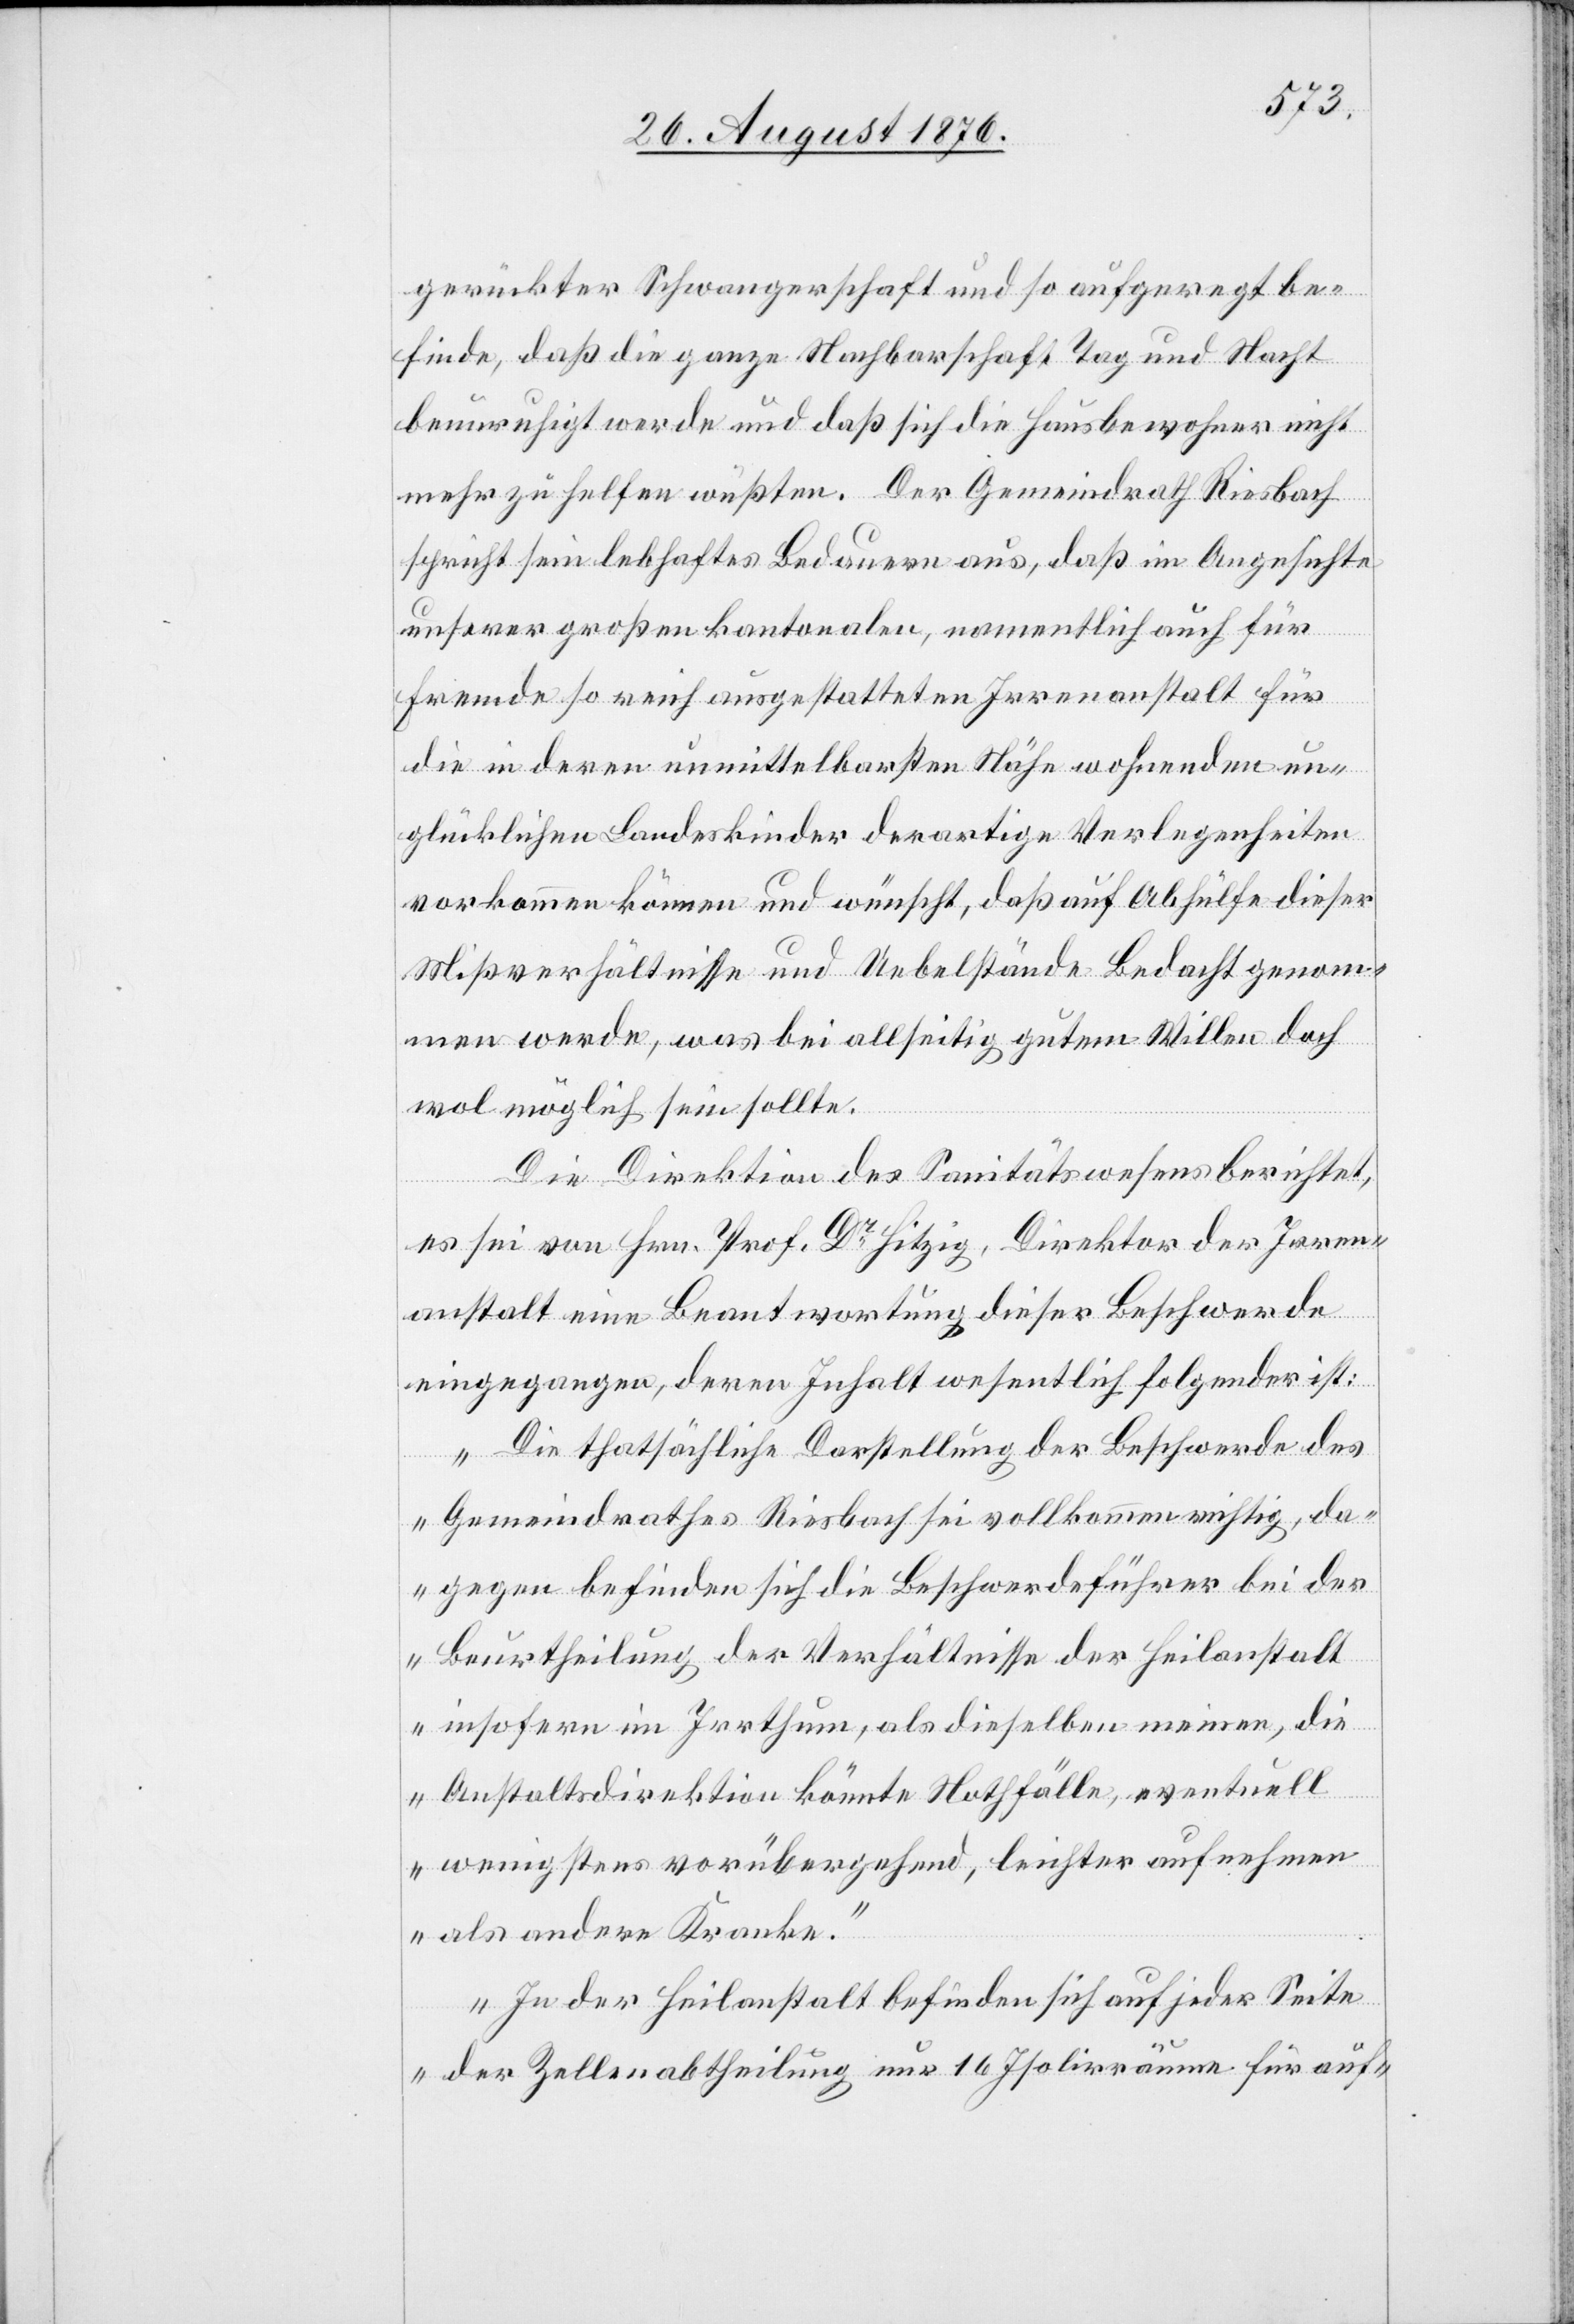
gerückter Schwangerschaft und so aufgeregt be¬
finde, daß die ganze Nachbarschaft Tag und Nacht
beunruhigt werde und daß sich die Haubewohner nicht
mehr zu helfen wüßten. Der Gemeindrath Riesbach
spricht sein lebhaftes Bedauern aus, daß im Angesichte
unserer großen kantonalen, namentlich auch für
Fremde so reich ausgestatteten Irrenanstalt für
die in deren unmittelbarsten Nähe wohnenden un¬
glücklichen Landeskinder derartige Verlegenheiten
vorkommen können und wünscht, daß auf Abhülfe dieser
Mißverhältnisse und Uebelstände Bedacht genom¬
men werde, was bei allseitig gutem Willen doch
wol möglich sein sollte.
Die Direktion des Sanitätswesens berichtet,
es sei von Hrn. Prof. Dr Hitzig, Direktion der Irren¬
anstalt eine Beantwortung dieser Beschwerde
eingegangen, deren Inhalt wesentlich folgender ist:
„Die thatsächliche Darstellung der Beschwerde des
Gemeindrathes Riesbach sei vollkommen richtig, da¬
gegen befinden sich die Beschwerdeführer bei der
Beurtheilung der Verhältnisse der Heilanstalt
insofern im Irrthum, als dieselben meinen, die
Anstaltsdirektion könnte Nothfälle, eventuell
wenigstens vorübergehend, leichter aufnehmen
als andere Kranke.
In der Heilanstalt befinden sich auf jeder Seite
der Zellenabtheilung nur 16 Isolirräume für auf-